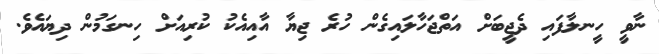
ނާވީ ހީނލާފައި ދެޖީބަށް އަތްޖަހާލައިގެން ހުރެ ޖިޔާ އާއިއެކު ކުރިއަށް ހިނގަމުން ދިޔައެވެ.